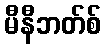
မီနီဘတ်စ်